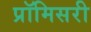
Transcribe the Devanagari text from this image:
प्रॉमिसरी